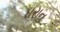
ધરાન